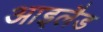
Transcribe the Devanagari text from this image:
आइलैड